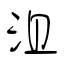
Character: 沮